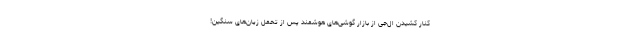
کنار کشیدن ال‌جی از بازار گوشی‌های هوشمند پس از تحمل زیان‌های سنگین!